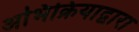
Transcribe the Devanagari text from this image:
अभिक्रियाद्वारा